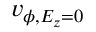
v _ { \phi , E _ { z } = 0 }